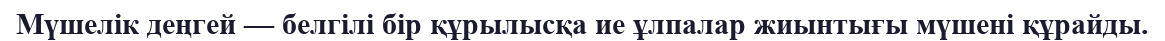
Мүшелік деңгей — белгілі бір құрылысқа ие ұлпалар жиынтығы мүшені құрайды.